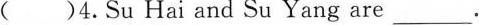
( )4.Su Hai and Su Yang are_____.